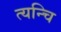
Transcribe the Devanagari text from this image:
त्यन्चि